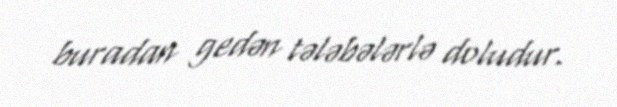
buradan gedən tələbələrlə doludur.